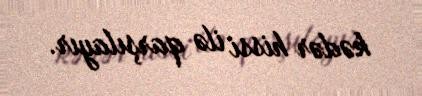
kədər hissi ilə qarşılayır.